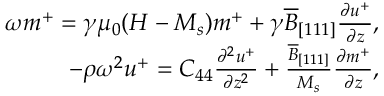
\begin{array} { r } { \omega m ^ { + } = \gamma \mu _ { 0 } ( H - M _ { s } ) m ^ { + } + \gamma \overline { { B } } _ { [ 1 1 1 ] } \frac { \partial u ^ { + } } { \partial z } , } \\ { - \rho \omega ^ { 2 } u ^ { + } = C _ { 4 4 } \frac { \partial ^ { 2 } u ^ { + } } { \partial z ^ { 2 } } + \frac { \overline { { B } } _ { [ 1 1 1 ] } } { M _ { s } } \frac { \partial m ^ { + } } { \partial z } , } \end{array}